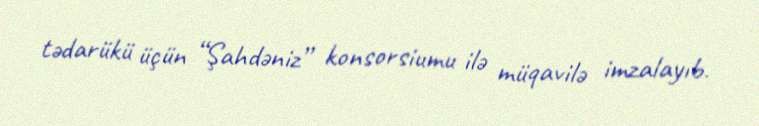
tədarükü üçün “Şahdəniz” konsorsiumu ilə müqavilə imzalayıb.